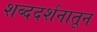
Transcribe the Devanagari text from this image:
शब्ददर्शनातून